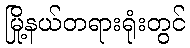
မြို့နယ်တရားရုံးတွင်